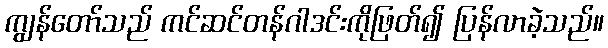
ကျွန်တော်သည် ကင်ဆင်တန်ဂါဒင်းကိုဖြတ်၍ ပြန်လာခဲ့သည်။